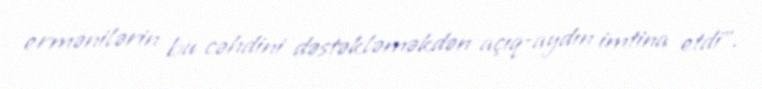
ermənilərin bu cəhdini dəstəkləməkdən açıq-aydın imtina etdi”.